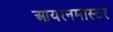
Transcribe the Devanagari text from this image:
आयरनमास्टर